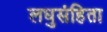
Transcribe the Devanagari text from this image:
लघुसंहिता